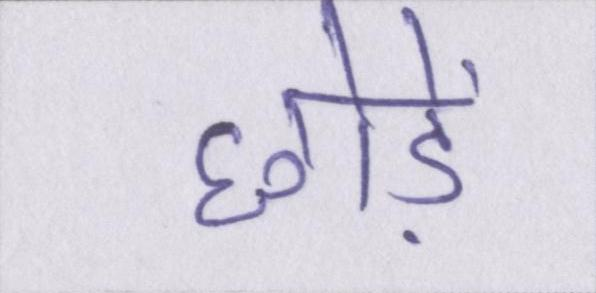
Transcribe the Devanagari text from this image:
छोड़ें